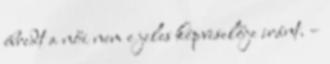
ébredt a női nem e jeles képviselője iránt. –